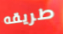
طريقه